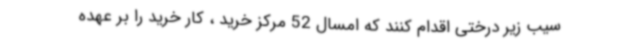
سیب زیر درختی اقدام کنند که امسال 52 مرکز خرید ، کار خرید را بر عهده